Annual statistical returns and brief notes on vaccination in Bengal - 1909-1929
Year: 1909
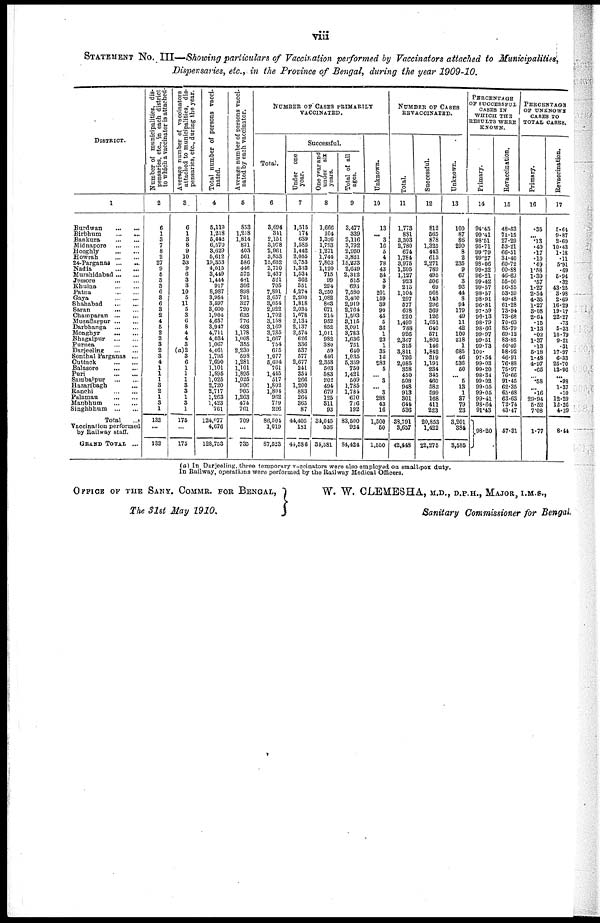
viii
STATEMENT No. III—Showing particulars of Vaccination performed by Vaccinators attached to Municipalities,
Dispensaries, etc., in the Province of Bengal, during the year 1909-10.
DISTRICT.
1
Burdwan
...
...
Birbhum
...
...
Bankura
...
...
Midnapore
...
...
Hooghly
...
...
Howrah
...
...
24-Parganas
...
...
Nadia
...
...
Murshidabad ... ...
Jessore
... ...
Khulna
... ...
Patna
...
...
Gaya
...
...
Shahabad
...
...
Saran
...
...
Champaran
...
...
Muzaffarpur
...
...
Darbhanga
...
...
Monghyr
...
...
Bhagalpur
...
...
Purnea
...
...
Darjeeling
...
...
Sonthal Parganas ...
Cuttack
...
...
Balasore
...
...
Puri
...
...
Sambalpur
...
...
Hazaribagh ...
Ranchi ... ...
Palamau
...
...
Manbhum
...
...
Singhbhum
...
...
Total ...
Vaccination performed
by Railway staff.
GRAND TOTAL ...
Number of municipalities, dis-
pensaries, etc., in each district
to which a vaccinator is attached.
2
6
1
3
7
8
2
27
9
5
3
3
6
3
6
3
2
4
5
2
2
3
2
3
4
1
1
1
3
2
1
3
1
132
...
132
Average number of vaccinators
attached to municipalities, dis-
pensaries, etc., during the year.
3
6
1
3
8
9
10
33
9
6
3
3
10
5
11
5
3
6
8
4
4
3
(a)2
3
6
1
1
1
3
3
1
3
1
175
...
175
Total number of persons vacci-
nated.
4
5,119
1,218
5,442
6,570
3,629
5,612
19,333
4,015
3,449
1,444
917
8,987
3,954
8,597
3,600
1,904
4,657
3,947
4,711
4,034
1,067
4,461
1,795
7,690
1,101
1,895
1,025
2,720
2,717
1,263
1,423
761
124,077
4,676
128,753
Average number of persons vacci-
nated by each vaccinator.
5
853
1,218
1,814
821
403
561
586
446
575
481
306
898
791
327
720
635
776
493
1,178
1,008
355
2,230
598
1,281
1,101
1,895
1,025
906
905
1,263
474
761
709
...
735
NUMBER OF CASES PRIMARILY
VACCINATED.
Total.
6
3,694
341
2,151
3,978
2,961
3,853
15,652
2,710
2,437
521
705
7,891
3,657
3,054
2,922
1,702
3,158
3,169
3,785
1,667
754
675
1,077
5,694
761
1,445
517
1,802
1,801
962
779
226
86,504
1,019
87,523
Successful.
Under one
year.
7
1,515
174
639
1,585
1,442
2,055
6,753
1,333
1,534
362
351
4,274
2,200
1,818
2,034
1,078
2,134
2,137
2,574
626
336
537
577
2,077
241
351
266
1,200
883
264
365
87
44,405
181
44,586
One year and
under six
years.
8
1,666
104
1,326
1,793
1,271
1,744
7,803
1,120
715
99
294
3,250
1,082
863
671
214
952
852
1,011
932
380
59
446
2,358
503
583
202
494
679
125
311
93
34,045
536
34,581
Total of all
ages.
9
3,477
339
2,116
3,792
2,950
3,821
15,273
2,619
2,312
515
693
7,580
3,460
2,919
2,764
1,593
3,115
3,091
3,783
1,636
751
640
1,035
5,359
750
1,421
509
1,785
1,784
670
726
192
83,500
924
84,424
Unknown.
10
13
... 3
16
6
4
78
43
34
3
9
201
159
39
90
45
5
36
1
23
1
35
16
283
5
... 3
... 3
288
43
16
1,500
50
1,550
NUMBER OF CASES
REVACCINATED.
Total.
11
1,778
881
3,303
2,780
674
1,784
3,975
1,305
1,127
923
215
1,104
297
577
678
220
1,499
788
926
2,367
315
3,811
726
2,085
358
450
508
948
913
301
644
536
38,791
3,657
42,448
Successful.
12
812
565
878
1,325
413
613
2,271
789
495
506
69
568
143
296
369
126
1,051
640
571
1,802
146
1,842
319
1,191
234
345
460
583
599
168
411
223
20,853
1,422
22,275
Unknown.
13
100
87
86
290
8
2
235
9
67
3
93
44
8
94
179
49
11
42
100
218
1
685
46
536
50
... 6
13
1
37
79
23
3,201
384
3,585
PERCENTAGE
OF SUCCESSFUL
CASES IN
WHICH THE
RESULTS WERE
KNOWS.
Primary.
14
94.45
99.41
98.51
95.71
99.79
99.27
98.06
99.32
96.21
99.42
99.57
98.57
98.91
96.81
97.59
96.13
98.79
98.66
99.97
99.51
99.73
100.
97.54
99.03
99.20
98.81
99.02
99.05
99.05
99.41
98.64
91.43
98.20
Revaccination.
15
48.53
71.15
27.29
53.21
66.51
31.40
60.72
60.88
46.69
55.00
56.55
53.59
49.48
61.28
73.94
73.68
70.63
85.79
69.12
83.85
46.49
58.92
46.91
76.88
75.97
76.66
91.45
62.35
65.68
63.63
72.74
43.47
57.31
PERCENTAGE
OF UNKNOWN
CASES TO
TOTAL CASES.
Primary.
16
.35
... .13
.40
.17
.10
.49
1.58
1.39
.57
1.27
2.54
4.35
1.27
3.08
2.61
.15
1.13
.02
1.87
.13
5.18
1.48
4.97
.66
... .58
... .16
29.94
5.52
7.08
1.77
Revaccination.
17
5.64
9.87
2.60
10.43
1.18
.11
5.91
.69
5.94
.32
43.25
3.98
2.69
16.29
19.17
22.27
.73
5.33
10.79
9.21
.31
17.97
6.33
25.70
13.96
... .98
1.37
.10
12.29
12.26
4.29
8.44
(a) In Darjeeling. three temporary vaccinators were also employed on small-pox duty.
In Railway, operations were performed by the Railway Medical Officers.
OFFICE OF THE SANY. COMMR. FOR BENGAL,
The 31st May 1910.
W. W. CLEMESHA, M.D., D.P.H., MAJOR, I.M.S.,
Sanitary Commissioner for Bengal.